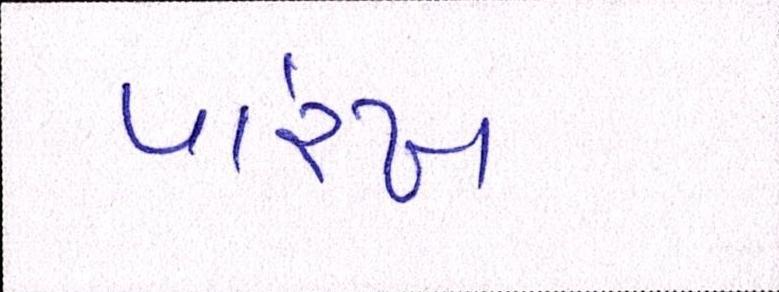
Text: પારેખ